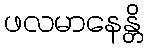
ဖလမာနေန္တိ